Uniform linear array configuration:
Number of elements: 8
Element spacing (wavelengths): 0.5
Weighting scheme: hann
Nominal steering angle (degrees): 30
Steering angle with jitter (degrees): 28.095
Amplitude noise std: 0.05
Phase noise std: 0.05

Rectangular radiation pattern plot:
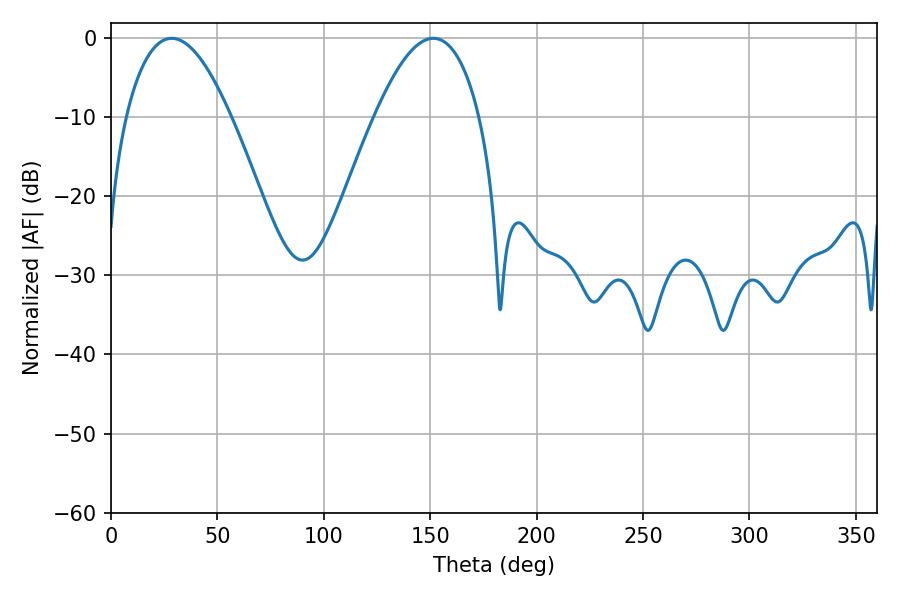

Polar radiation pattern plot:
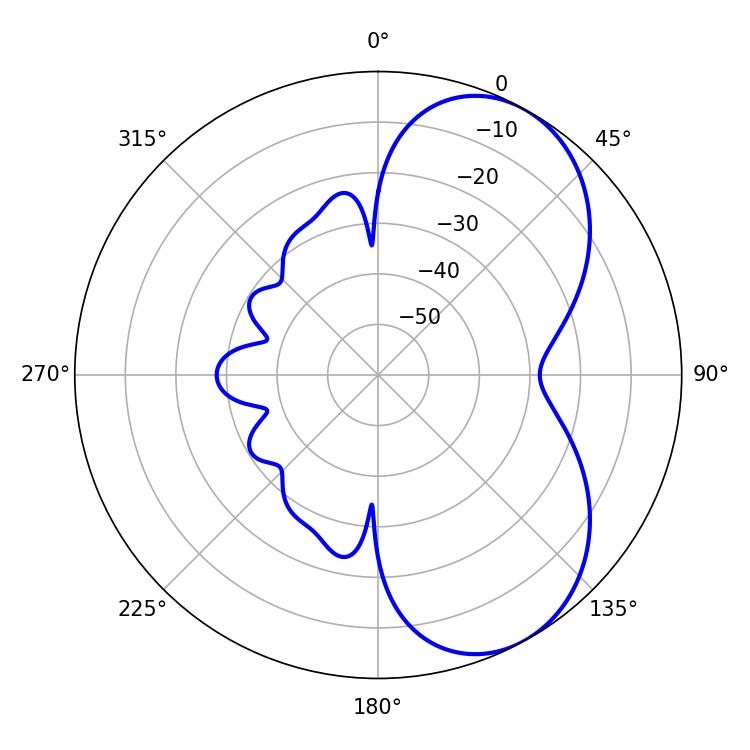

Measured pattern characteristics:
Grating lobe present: FALSE
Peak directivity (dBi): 5.969
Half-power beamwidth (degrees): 27
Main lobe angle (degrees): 28.44